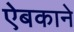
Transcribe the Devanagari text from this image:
ऐबकाने